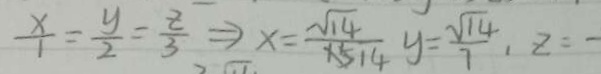
\frac { x } { 1 } = \frac { y } { 2 } = \frac { z } { 3 } \Rightarrow x = \frac { \sqrt { 1 4 } } { x 5 1 4 } y = \frac { \sqrt { 1 4 } } { 7 } , z =